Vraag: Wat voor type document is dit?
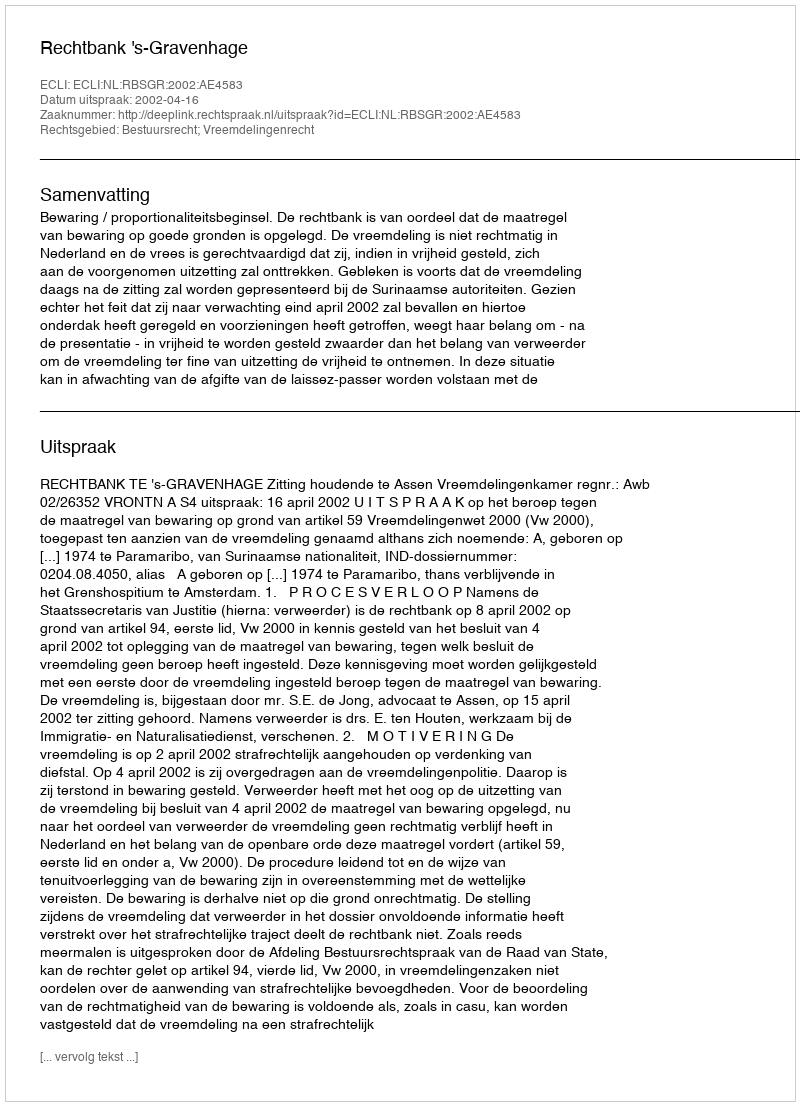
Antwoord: Uitspraak